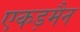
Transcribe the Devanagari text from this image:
एकड़मैन